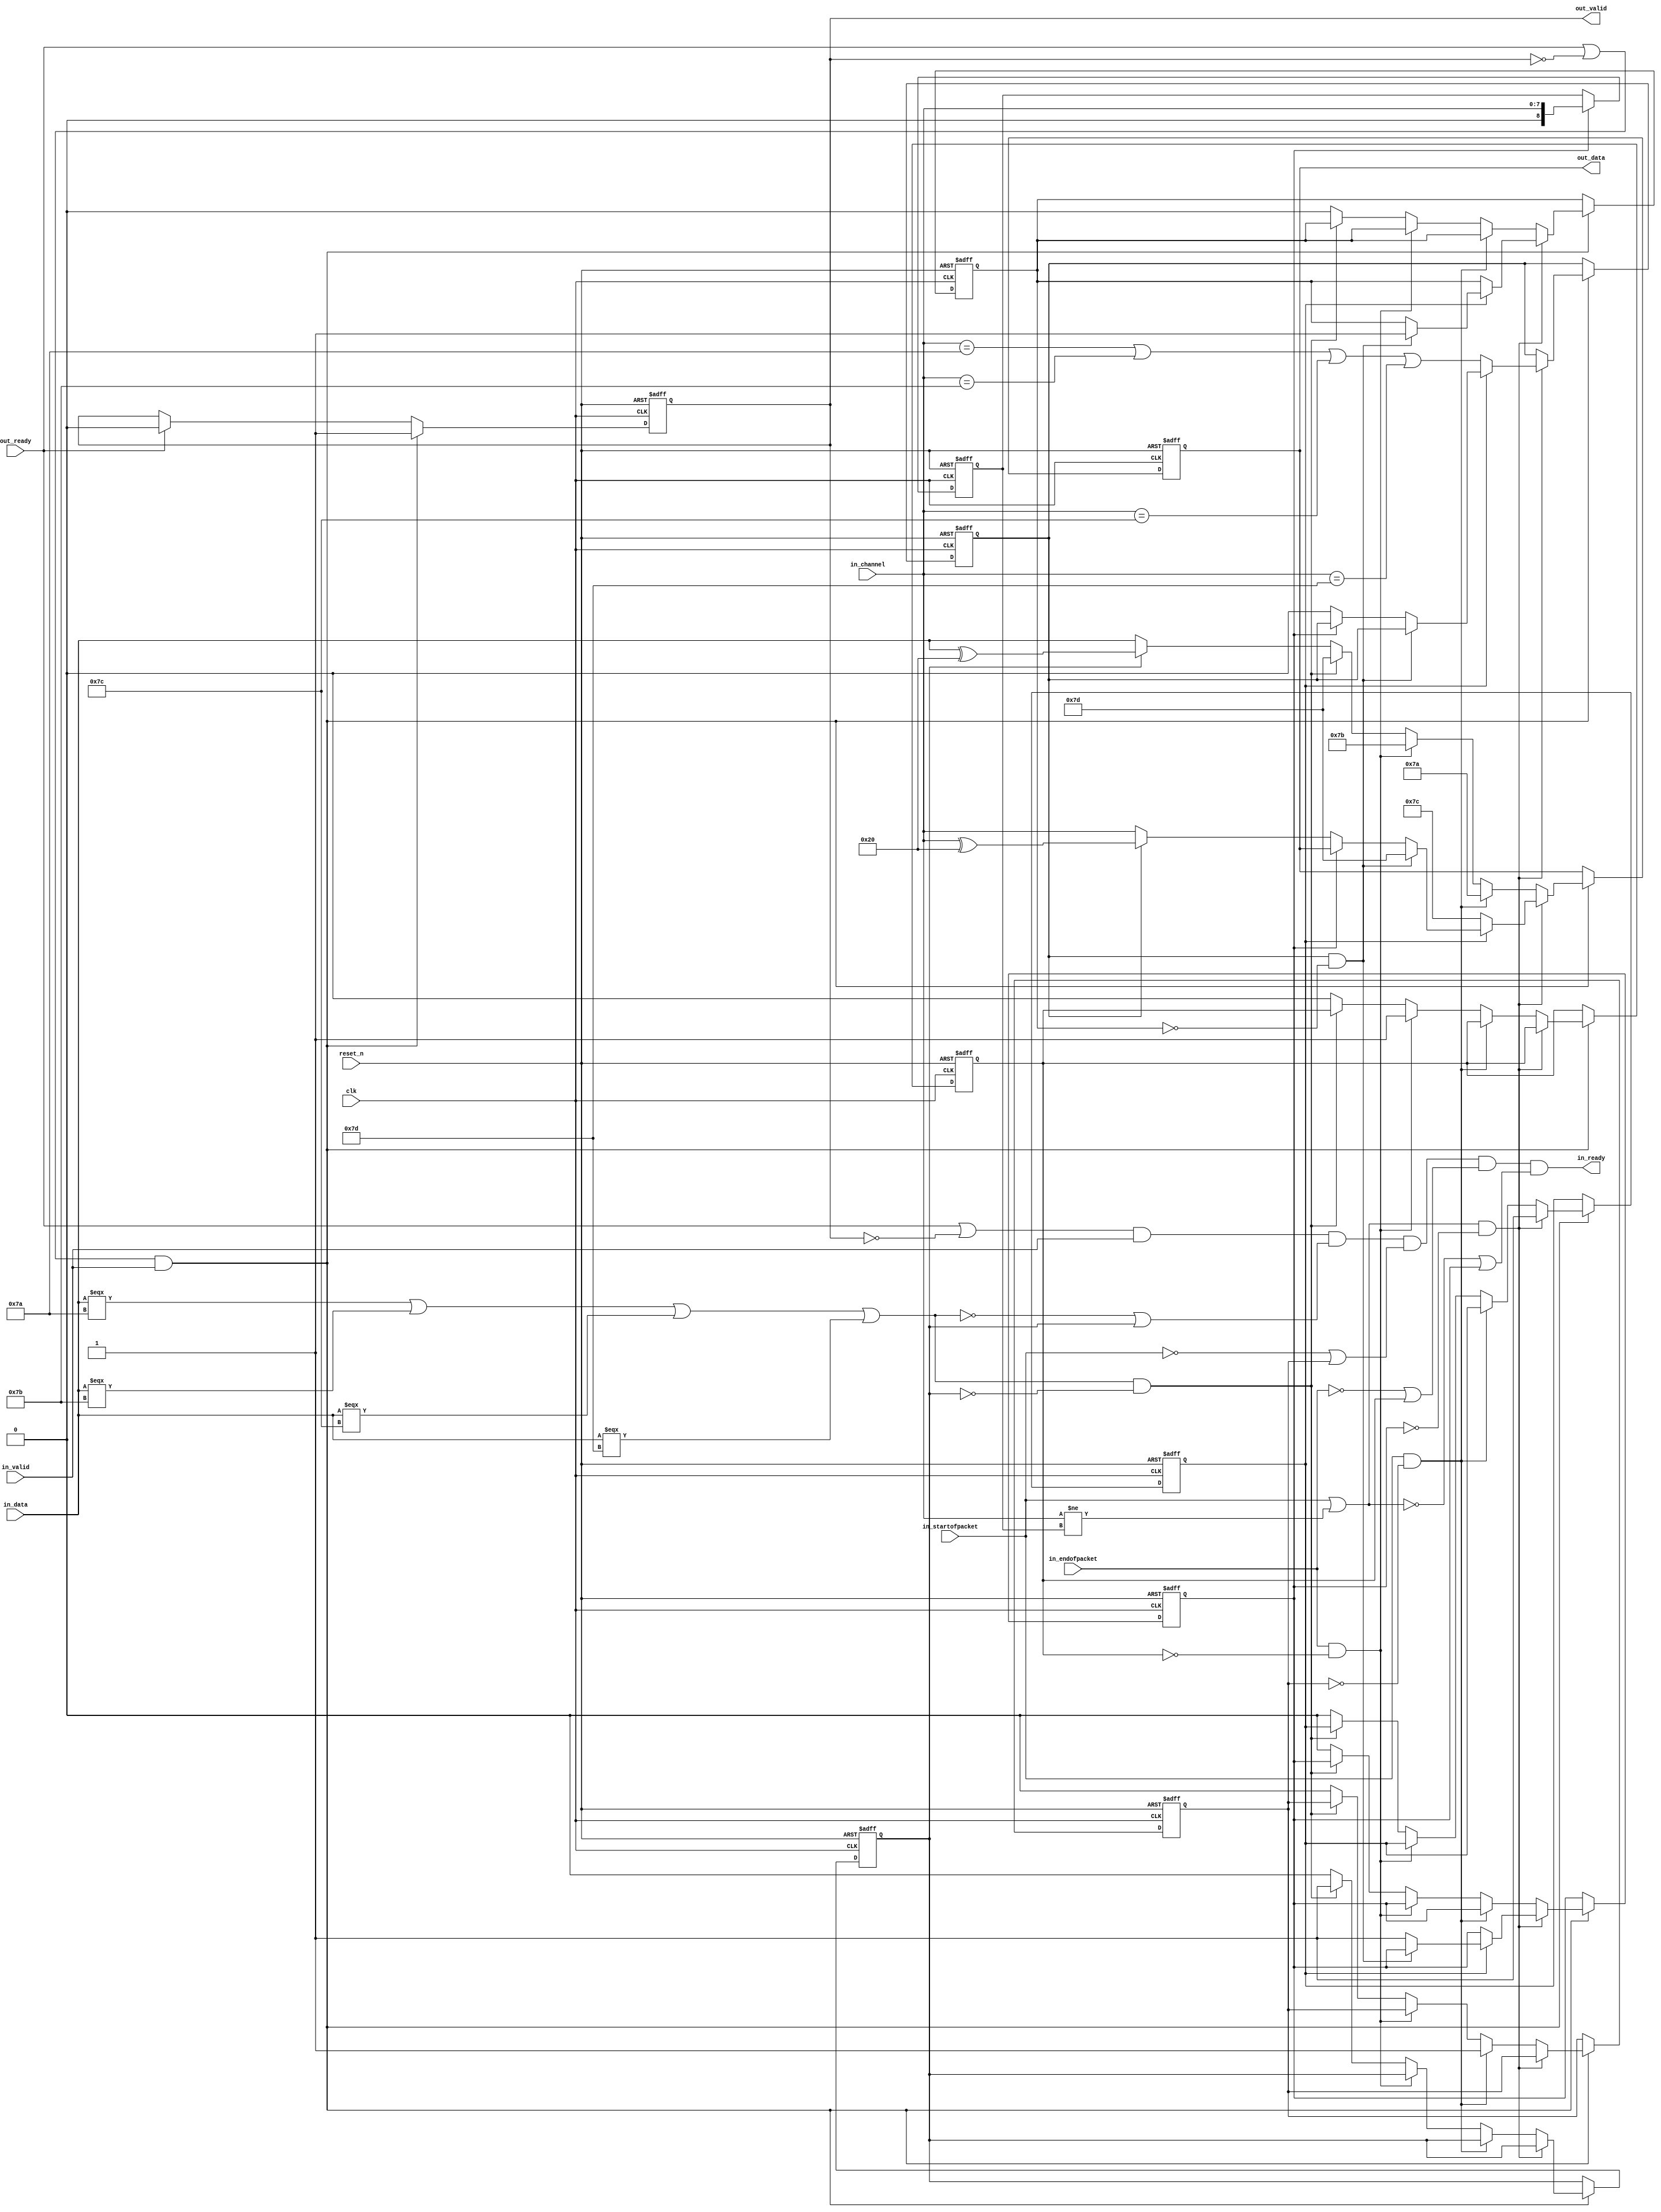
// (C) 2001-2016 Intel Corporation. All rights reserved.
// Your use of Intel Corporation's design tools, logic functions and other 
// software and tools, and its AMPP partner logic functions, and any output 
// files any of the foregoing (including device programming or simulation 
// files), and any associated documentation or information are expressly subject 
// to the terms and conditions of the Intel Program License Subscription 
// Agreement, Intel MegaCore Function License Agreement, or other applicable 
// license agreement, including, without limitation, that your use is for the 
// sole purpose of programming logic devices manufactured by Intel and sold by 
// Intel or its authorized distributors.  Please refer to the applicable 
// agreement for further details.


// --------------------------------------------------------------------------------
//| Avalon ST Packets to Bytes Component
// --------------------------------------------------------------------------------

`timescale 1ns / 100ps
module altera_avalon_st_packets_to_bytes
//if ENCODING ==0, CHANNEL_WIDTH must be 8 
//else CHANNEL_WIDTH can be from 0 to 127
#(    parameter CHANNEL_WIDTH = 8,
      parameter ENCODING      = 0) 
(
      // Interface: clk
      input              clk,
      input              reset_n,
      // Interface: ST in with packets
      output reg         in_ready,
      input              in_valid,
      input      [7: 0]  in_data,
      input      [CHANNEL_WIDTH-1: 0]  in_channel,
      input              in_startofpacket,
      input              in_endofpacket,

      // Interface: ST out
      input              out_ready,
      output reg         out_valid,
      output reg [7: 0]  out_data
);

   // ---------------------------------------------------------------------
   //| Signal Declarations
   // ---------------------------------------------------------------------

   localparam CHN_COUNT = (CHANNEL_WIDTH-1)/7;
   localparam CHN_EFFECTIVE = CHANNEL_WIDTH-1;
   reg  sent_esc, sent_sop, sent_eop;
   reg  sent_channel_char, channel_escaped, sent_channel;
   reg  [CHANNEL_WIDTH:0] stored_channel;
   reg  [4:0] channel_count;
   reg    [((CHN_EFFECTIVE/7+1)*7)-1:0] stored_varchannel;
   reg     channel_needs_esc;



   wire need_sop, need_eop, need_esc, need_channel;

   // ---------------------------------------------------------------------
   //| Thingofamagick
   // ---------------------------------------------------------------------

   assign need_esc = (in_data === 8'h7a |
                      in_data === 8'h7b |
                      in_data === 8'h7c |
                      in_data === 8'h7d );
   assign need_eop = (in_endofpacket);
   assign need_sop = (in_startofpacket);


generate
if( CHANNEL_WIDTH > 0) begin
   wire   channel_changed;
   assign channel_changed = (in_channel != stored_channel);
   assign need_channel = (need_sop | channel_changed);

   always @(posedge clk or negedge reset_n) begin
      if (!reset_n) begin
         sent_esc <= 0;
         sent_sop <= 0;
         sent_eop <= 0;
         sent_channel <= 0;
         channel_escaped <= 0;
         sent_channel_char <= 0;
         out_data <= 0;
         out_valid <= 0;
         channel_count <= 0;
         channel_needs_esc <= 0;
      end else begin

         if (out_ready )
           out_valid <= 0;

         if ((out_ready | ~out_valid) && in_valid  )
           out_valid <= 1;

         if ((out_ready | ~out_valid) && in_valid) begin
            if (need_channel & ~sent_channel) begin
                 if (~sent_channel_char) begin
                    sent_channel_char <= 1;
                    out_data <= 8'h7c;
                    channel_count <= CHN_COUNT[4:0];
                    stored_varchannel <= in_channel;
                    if ((ENCODING == 0) | (CHANNEL_WIDTH == 7)) begin
                    channel_needs_esc <= (in_channel == 8'h7a |
                                          in_channel == 8'h7b |
                                          in_channel == 8'h7c |
                                          in_channel == 8'h7d );
                    end
                 end else if (channel_needs_esc & ~channel_escaped) begin
                    out_data <= 8'h7d;
                    channel_escaped <= 1;
                 end else if (~sent_channel) begin
                       if (ENCODING) begin
                            // Sending out MSB=1, while not last 7 bits of Channel
                               if (channel_count > 0) begin
                                   if (channel_needs_esc) out_data <= {1'b1, stored_varchannel[((CHN_EFFECTIVE/7+1)*7)-1:((CHN_EFFECTIVE/7+1)*7)-7]} ^ 8'h20;
                                   else                   out_data <= {1'b1, stored_varchannel[((CHN_EFFECTIVE/7+1)*7)-1:((CHN_EFFECTIVE/7+1)*7)-7]};
                                   stored_varchannel <= stored_varchannel<<7;

                                   channel_count <= channel_count - 1'b1;
                                   // check whether the last 7 bits need escape or not
                                   if (channel_count ==1 & CHANNEL_WIDTH > 7) begin
                                      channel_needs_esc <=
                                         ((stored_varchannel[((CHN_EFFECTIVE/7+1)*7)-8:((CHN_EFFECTIVE/7+1)*7)-14]  == 7'h7a)|
                                         (stored_varchannel[((CHN_EFFECTIVE/7+1)*7)-8:((CHN_EFFECTIVE/7+1)*7)-14] == 7'h7b) |
                                         (stored_varchannel[((CHN_EFFECTIVE/7+1)*7)-8:((CHN_EFFECTIVE/7+1)*7)-14] == 7'h7c) |
                                         (stored_varchannel[((CHN_EFFECTIVE/7+1)*7)-8:((CHN_EFFECTIVE/7+1)*7)-14] == 7'h7d) );
                                   end
                              end else begin
                               // Sending out MSB=0, last 7 bits of Channel
                                   if (channel_needs_esc) begin 
                                      channel_needs_esc <= 0; 
                                      out_data <= {1'b0, stored_varchannel[((CHN_EFFECTIVE/7+1)*7)-1:((CHN_EFFECTIVE/7+1)*7)-7]} ^ 8'h20;
                                   end else   out_data <= {1'b0, stored_varchannel[((CHN_EFFECTIVE/7+1)*7)-1:((CHN_EFFECTIVE/7+1)*7)-7]};
                                   sent_channel <= 1;
                              end
                       end else begin
                            if (channel_needs_esc) begin 
                               channel_needs_esc <= 0; 
                               out_data <= in_channel ^ 8'h20; 
                            end else out_data <= in_channel;
                            sent_channel <= 1;
                       end
                 end
            end else if (need_sop & ~sent_sop) begin
                 sent_sop <= 1;
                 out_data <= 8'h7a;

            end else if (need_eop & ~sent_eop) begin
                 sent_eop <= 1;
                 out_data <= 8'h7b;

            end else if (need_esc & ~sent_esc) begin
                 sent_esc <= 1;
                 out_data <= 8'h7d;
            end else begin
                 if (sent_esc)    out_data <= in_data ^ 8'h20;
                 else             out_data <= in_data;
                 sent_esc <= 0;
                 sent_sop <= 0;
                 sent_eop <= 0;
                 sent_channel <= 0;
                 channel_escaped <= 0;
                 sent_channel_char <= 0;
            end
         end
      end
   end

   //channel related signals
   always @(posedge clk or negedge reset_n) begin
      if (!reset_n) begin
         //extra bit in stored_channel to force reset
         stored_channel <= {CHANNEL_WIDTH{1'b1}};
      end else begin
         //update stored_channel only when it is sent out
         if (sent_channel) stored_channel <= in_channel;
      end
   end
    always @* begin

      // in_ready.  Low when:
      // back pressured, or when
      // we are outputting a control character, which means that one of
      // {escape_char, start of packet, end of packet, channel}
      // needs to be, but has not yet, been handled.
      in_ready = (out_ready | !out_valid) & in_valid & (~need_esc | sent_esc)
                 & (~need_sop | sent_sop)
                 & (~need_eop | sent_eop)
                 & (~need_channel | sent_channel);
   end

end else begin

assign need_channel = (need_sop);

   always @(posedge clk or negedge reset_n) begin
      if (!reset_n) begin
         sent_esc <= 0;
         sent_sop <= 0;
         sent_eop <= 0;
         out_data <= 0;
         out_valid <= 0;
         sent_channel <= 0;
         sent_channel_char <= 0;
      end else begin

         if (out_ready )
           out_valid <= 0;

         if ((out_ready | ~out_valid) && in_valid  )
           out_valid <= 1;

         if ((out_ready | ~out_valid) && in_valid) begin
            if (need_channel & ~sent_channel) begin
                 if (~sent_channel_char) begin           //Added sent channel 0 before the 1st SOP
                    sent_channel_char <= 1;
                    out_data <= 8'h7c;
                 end else if (~sent_channel) begin
                    out_data <= 'h0;
                    sent_channel <= 1;
                 end
            end else if (need_sop & ~sent_sop) begin
                 sent_sop <= 1;
                 out_data <= 8'h7a;
            end else if (need_eop & ~sent_eop) begin
                 sent_eop <= 1;
                 out_data <= 8'h7b;
            end else if (need_esc & ~sent_esc) begin
                 sent_esc <= 1;
                 out_data <= 8'h7d;
            end else begin
                 if (sent_esc)    out_data <= in_data ^ 8'h20;
                 else             out_data <= in_data;
                 sent_esc <= 0;
                 sent_sop <= 0;
                 sent_eop <= 0;
            end
         end
     end
   end
   
 always @* begin
      in_ready = (out_ready | !out_valid) & in_valid & (~need_esc | sent_esc)
                 & (~need_sop | sent_sop)
                 & (~need_eop | sent_eop)
                 & (~need_channel | sent_channel);
   end
end
endgenerate

endmodule